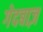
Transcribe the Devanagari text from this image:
गेदबाज़